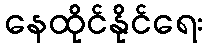
နေထိုင်နိုင်ရေး